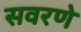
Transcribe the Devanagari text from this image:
सवरणे